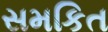
સમકિત